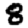
Digit: 8